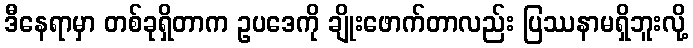
ဒီနေရာမှာ တစ်ခုရှိတာက ဥပဒေကို ချိုးဖောက်တာလည်း ပြဿနာမရှိဘူးလို့